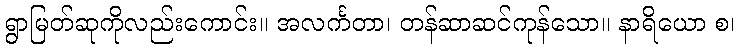
ရွာမြတ်ဆုကိုလည်းကောင်း။ အလင်္ကတာ၊ တန်ဆာဆင်ကုန်သော။ နာရိယော စ၊